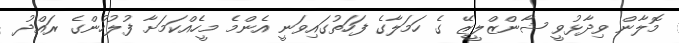
މޮލާން ވިދާޅުވީ ޝާންޒްލީޒޭ ގެ ހަމަލާގެ ފަހަތުގައިވަނީ އެންމެ މީހެއްކަމަށާ ފުލުހުންގެ ރައްދު